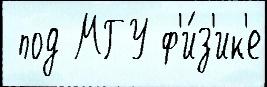
 под МГУ ф'и́з'ик'е